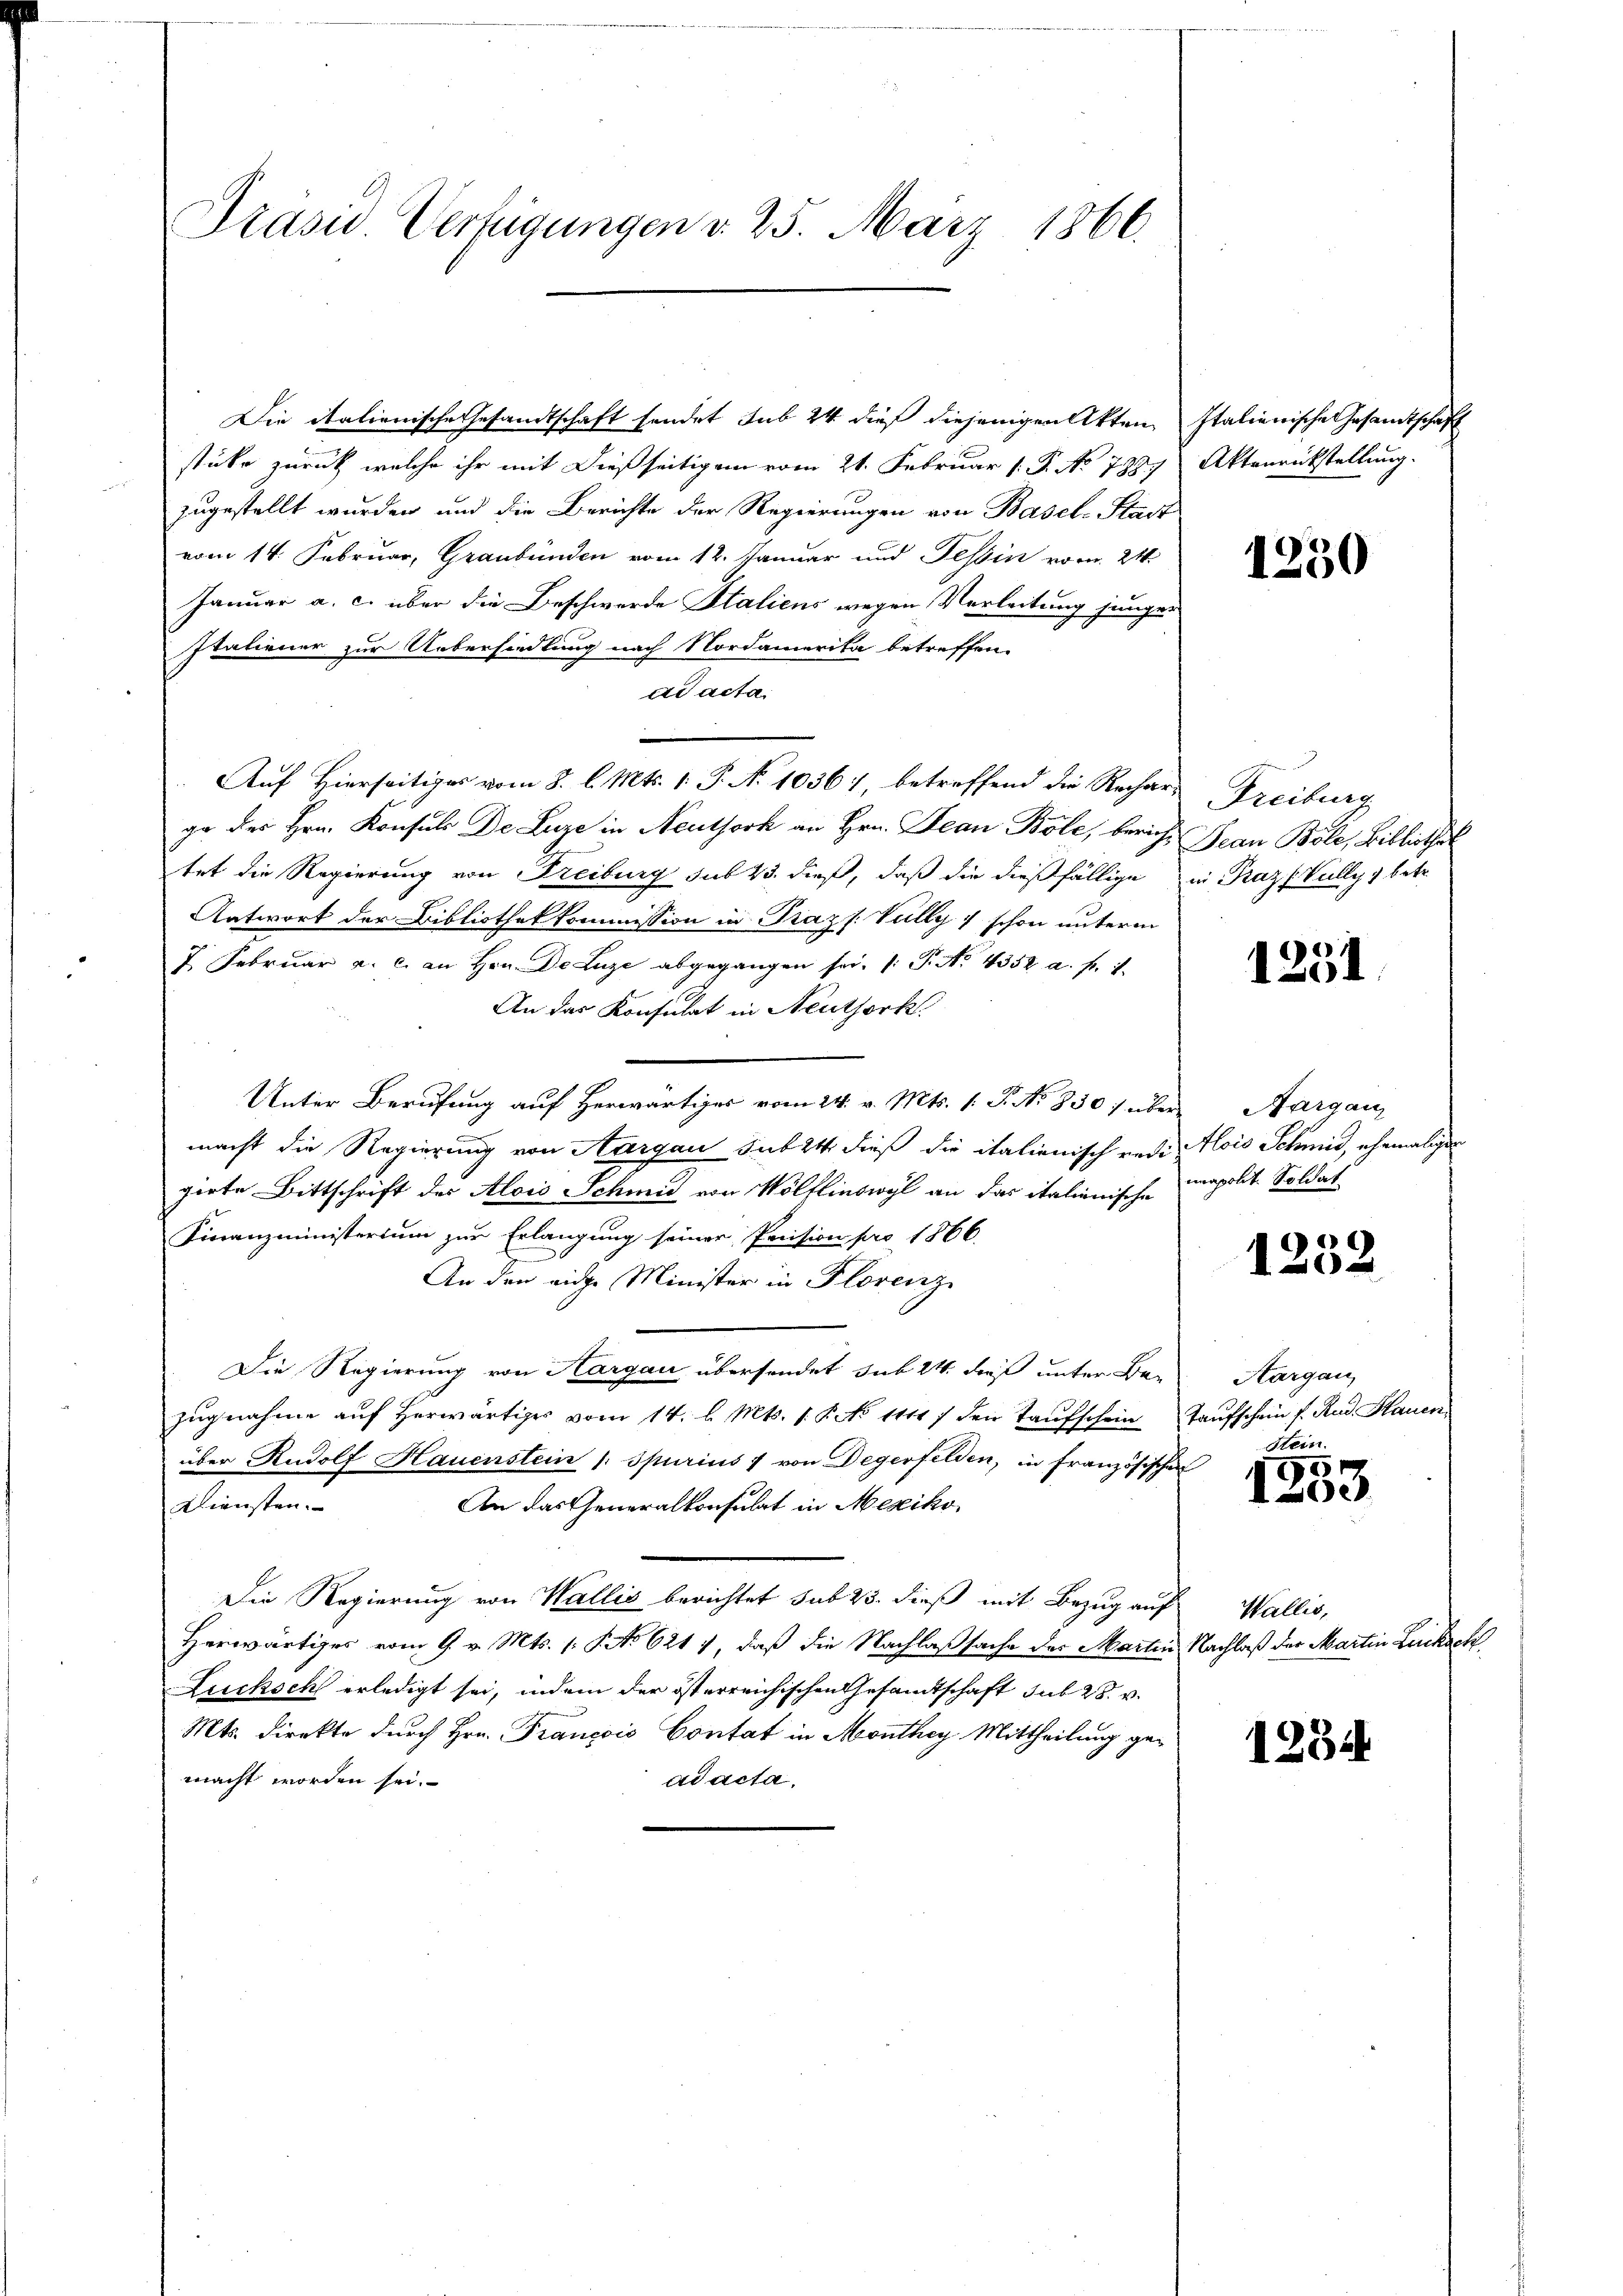
Präsid Verfügungen d. 25. März 1866.

Die italienische Gesandtschaft sendet sub 24 dieß diejenigen Akten
stüke zurück, welche ihr mit dießseitigen vom 21. Februar (: P. No 789.
zugestellt wurden und die Berichte der Regierungen von Basel-Stadt
vom 14. Februar, Graubünden vom 12. Januar und Tessin vom 24.
Januar a. c. über die Beschwerde Staliens wegen Verleitung junger
Italiener zur Uebersiedlung nach Nordamerita betreffen.
ad acta.
Auf Hierseitiges vom 3. l. Mts. 1. P. Nr. 10367, betreffend die Rechars, Freiburg
ge der Hrn. Konsuls De Luze in Neuthork an Hrn. Jean Bole, bericht Jean Bole, Bibliothek
tet die Regierung von Freiburg sub 23. dieß, daß die dießfällige
Antwort der Bibliothekkommission in Prazs. Vully 7 schon unterm
7. Februar a. c. an Hrn. De Luze abgegangen sei. (: P. No 1352 a. f. 1.
An das Konsulat in Neuthork
Unter Berufung auf Herwärtiges vom 24. v. Mts. 1. P. No 830) über Aargau
macht die Regierung von Aargau sub 24 dieß die italienisch redi-
girte Bittschrift des Alois Schmid von Wölflinswyl an das italienische
Finanzministerium zur Erlangung seiner Pension pro 1866.
An den eige Minister in Florenz
Die Regierung von Aargau übersendet sub 24. dieß unter Bezugnahme auf Herwärtiges vom 14. d. Mts. 1. P. No 11117 den Taufschein
über Rudolf Hauenstein /: Spurius 1 von Degerfelden, in Französischen
Diensten.
An das Generalkonsulat in Mexiko
Die Regierung von Wallis berichtet sub 23. dieß mit Bezug auf Wallis,
Herwärtiges vom 9. v. Mts. 1. No 621 7, daß die Nachlaßsache des Martin Nachlaß der Martin Lecksch
Lucksch erledigt sei, indem der österreichischen Gesandtschaft sub 28. v.
Mts. direkte durch Hrn. François Contat in Monthey Mittheilung gemacht worden sei.
ad acta,

Italienische Gesandtschaft
Aktenrückstellung.

1250

in Praz (Vully, betr.

1251

Alois Schmid, ehemaligen
unapolit. Soldat

)
120

Aargau,
Taufschein f. Rud. Hauer
Hein

x
00

1284